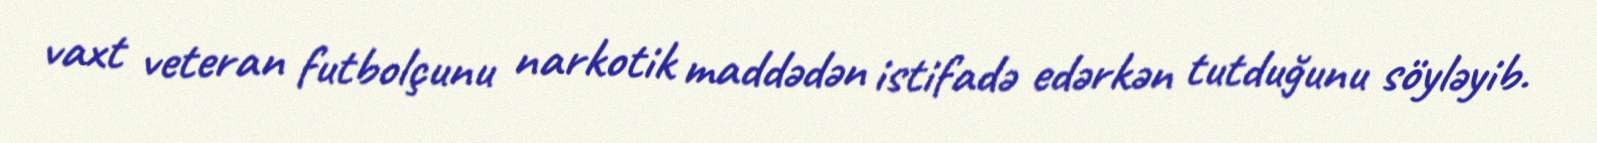
vaxt veteran futbolçunu narkotik maddədən istifadə edərkən tutduğunu söyləyib.